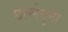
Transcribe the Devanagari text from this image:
छल्लेनुमा